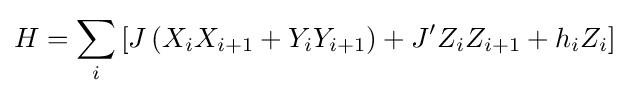
H=\sum _{i}\left[J\left(X_{i}X_{i+1}+Y_{i}Y_{i+1}\right)+J^{\prime }Z_{i}Z_{i+1}+h_{i}Z_{i}\right]